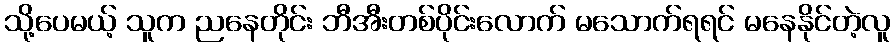
သို့ပေမယ့် သူက ညနေတိုင်း ဘီအီးတစ်ပိုင်းလောက် မသောက်ရရင် မနေနိုင်တဲ့လူ